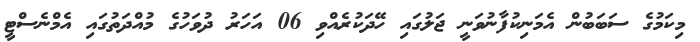
މިކަމުގެ ސަބަބުން އެމަނިކުފާނުވަނީ ޖަލުގައި ހޭދަކުރެއްވި 06 އަހަރު ދުވަހުގެ މުއްދަތުގައި އެމްނެސްޓީ